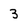
Character: 3